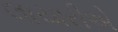
લાચારીએ